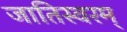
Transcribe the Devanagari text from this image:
जातिस्वरम्